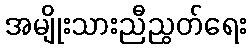
အမျိုးသားညီညွတ်ရေး